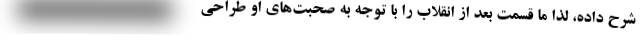
شرح داده، لذا ما قسمت بعد از انقلاب را با توجه به صحبت‌های او طراحی